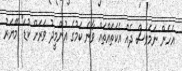
އެހެން ނަމަވެސް ދެއް އެކަތައްތައް ވާނެ ކަމުގެ އުންމީދު ވަރަށް ކުޑަ" މޭޔަރު